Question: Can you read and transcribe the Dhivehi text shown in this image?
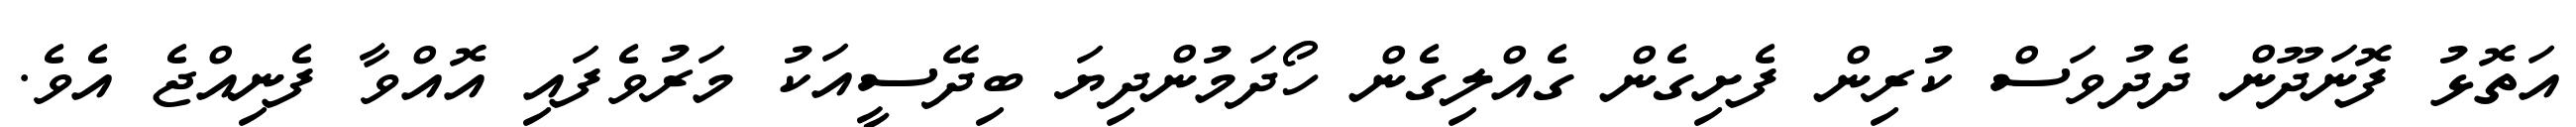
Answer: އަތޮޅު ފޮނަދޫން ދެދުވަސް ކުރިން ފެށިގެން ގެއްލިގެން ހޯދަމުންދިޔަ ބިދޭސީއަކު މަރުވެފައި އޮއްވާ ފެނިއްޖެ އެވެ.